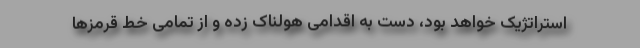
استراتژیک خواهد بود، دست به اقدامی هولناک زده و از تمامی خط قرمزها